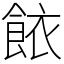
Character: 餏